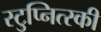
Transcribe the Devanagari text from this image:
स्टुप्नित्स्की